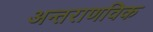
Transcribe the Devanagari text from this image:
अन्तराणविक